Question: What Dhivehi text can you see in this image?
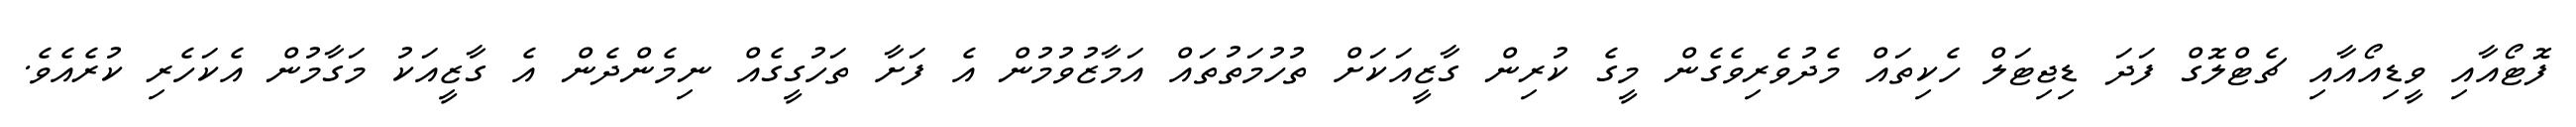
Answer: ފޮޓޯއާއި ވީޑިއޯއާއި ޗެޓްލޮގް ފަދަ ޑިޖިޓަލް ހެކިތައް މެދުވެރިވެގެން މީގެ ކުރިން ގާޒީއަކަށް ތުހުމަތުތައް އަމާޒުވުމުން އެ ފަށާ ތަހުގީގެއް ނިމެންދެން އެ ގާޒީއަކު މަގާމުން އެކަހެރި ކުރެއެވެ.